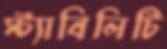
স্ট্যাবিলিটি